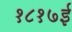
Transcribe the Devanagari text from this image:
१८१७ई